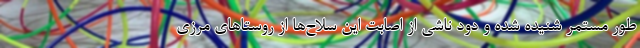
طور مستمر شنیده شده و دود ناشی از اصابت این سلاح‌ها از روستاهای مرزی